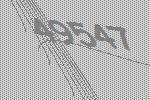
49547